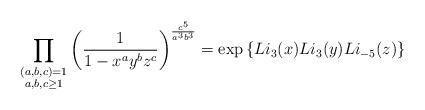
LaTeX: \begin{align*} \prod_{\substack{ (a,b,c)=1 \\ a,b,c \geq 1}} \left( \frac{1}{1-x^a y^b z^c} \right)^{\frac{c^5}{a^3 b^3}} = \exp\left\{Li_3(x) Li_3(y) Li_{-5}(z)\right\} \end{align*}